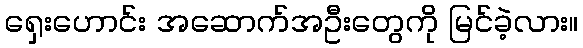
ရှေးဟောင်း အဆောက်အဦးတွေကို မြင်ခဲ့လား။